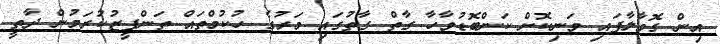
އިން ގޮވާލާފައި ވަނިކޮށް ކަންބޮޑުވާހާ ގާތް ގާތުގައި މަރުގެ ހުކުމްތައް ތަންފީޒުކުރަމުން ދާތީ